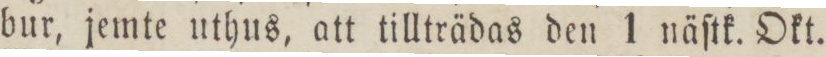
bur, jemte uthus, att tillträdas den 1 näſtk. Okt.